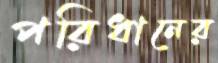
পরিধানের